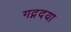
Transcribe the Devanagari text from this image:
गद्गदया